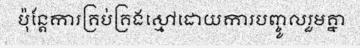
ប៉ុន្តែការគ្រប់គ្រងស្មៅដោយការបញ្ចូលរួមគ្នា